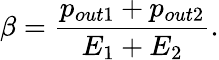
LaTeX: \beta=\frac{p_{out1}+p_{out2}}{E_{1}+E_{2}}.